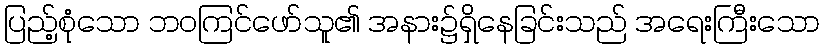
ပြည့်စုံသော ဘဝကြင်ဖော်သူ၏ အနား၌ရှိနေခြင်းသည် အရေးကြီးသော